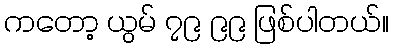
ကတော့ ယွမ် ၇၉ ၉၉ ဖြစ်ပါတယ်။